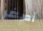
أصغر